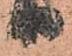
り